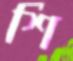
শি